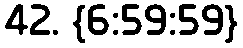
42. {6:59:59}